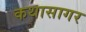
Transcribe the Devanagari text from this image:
कथासागर